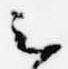
云